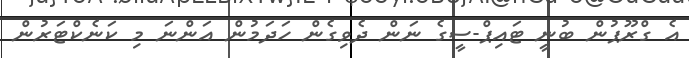
އެ ގްރޫޕުން ބުނީ ޓައިޕް-ސީގެ ނަން ދެވިގެން ހަދަމުން އަންނަ މި ކަނެކްޓަރުން